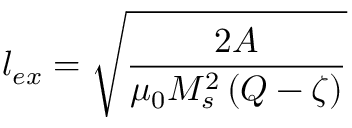
l _ { e x } = \sqrt { \frac { 2 A } { \mu _ { 0 } M _ { s } ^ { 2 } \left( Q - \zeta \right) } }